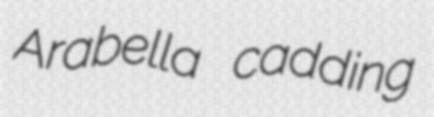
Arabella cadding